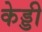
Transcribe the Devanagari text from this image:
केड्डी